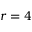
r = 4